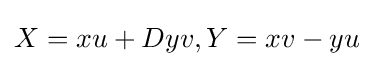
X=xu+Dyv,Y=xv-yu